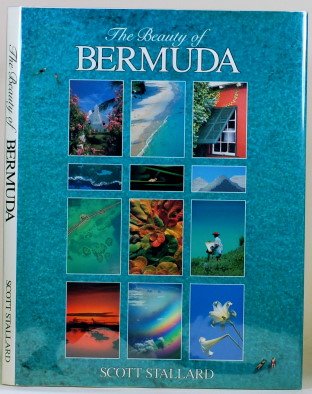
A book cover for The Beauty of Bermuda; Scott Stallard; Travel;